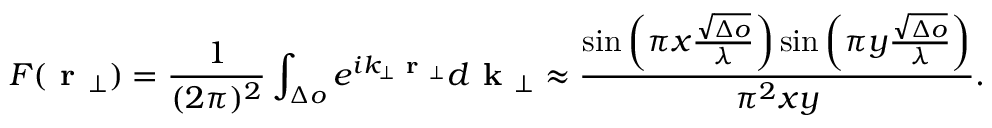
F ( \textbf { r } _ { \bot } ) = \frac { 1 } { ( 2 \pi ) ^ { 2 } } \int _ { \Delta o } e ^ { i k _ { \bot } \textbf { r } _ { \bot } } d \textbf { k } _ { \bot } \approx \frac { \sin \left( \pi x \frac { \sqrt { \Delta o } } { \lambda } \right) \sin \left( \pi y \frac { \sqrt { \Delta o } } { \lambda } \right) } { \pi ^ { 2 } x y } .